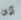
آذان